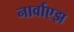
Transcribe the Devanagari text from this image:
नार्वाएझ